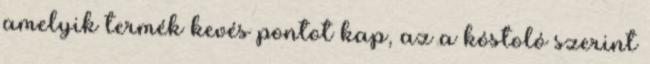
amelyik termék kevés pontot kap, az a kóstoló szerint